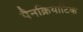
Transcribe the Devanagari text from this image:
पैनक्रियाटिक